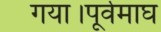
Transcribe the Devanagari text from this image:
गया।पूर्वमाघ